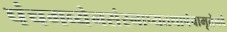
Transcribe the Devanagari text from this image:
पंचगव्येनसंस्नाप्यतथापंचामृतेनवै